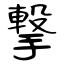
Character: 撃